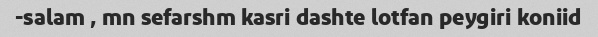
salam , mn sefarshm kasri dashte lotfan peygiri koniid-